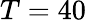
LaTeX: T=40